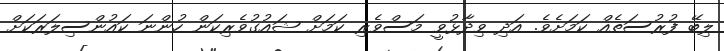
ލިބޭ ފުރުސަތެއް ކަމަށެވެ. އަދި ވިދާޅުވީ މަސްވެރި ކަމަށް ޝައުގުވެރިކަން ހުންނަ ކައުންސިލަރަކަށް